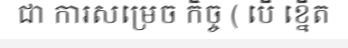
ជា ការសម្រេច កិច្ច ( បើ ខ្នើត